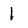
Character: 1